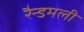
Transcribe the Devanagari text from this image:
रैन्डमली